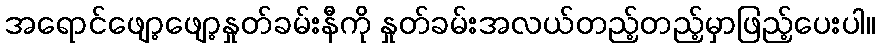
အရောင်ဖျော့ဖျော့နှုတ်ခမ်းနီကို နှုတ်ခမ်းအလယ်တည့်တည့်မှာဖြည့်ပေးပါ။